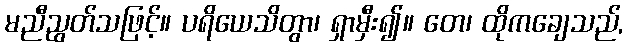
မညီညွတ်သဖြင့်။ ပရိယေသိတွာ၊ ရှာမှီး၍။ တေ၊ ထိုကချေသည်,